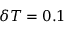
\delta T = 0 . 1